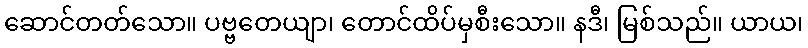
ဆောင်တတ်သော။ ပဗ္ဗတေယျာ၊ တောင်ထိပ်မှစီးသော။ နဒီ၊ မြစ်သည်။ ယာယ၊